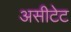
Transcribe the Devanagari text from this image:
असीटेट